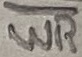
Text: WR